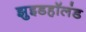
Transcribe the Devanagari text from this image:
झुइडहॉलंड